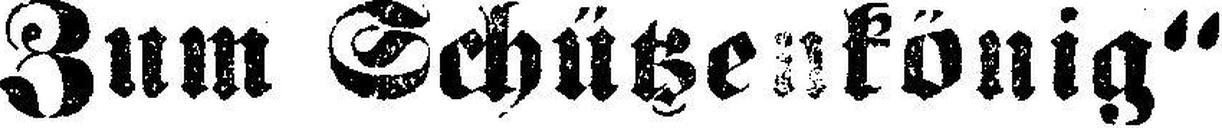
„Zum Schützenkönig“